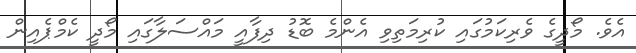
އެވެ. މޯދީގެ ވެރިކަމުގައި ކުރިމަތިވި އެންމެ ބޮޑު ދިފާއީ މައްސަލާގައި މޯދީ ކެމްޕެއިން